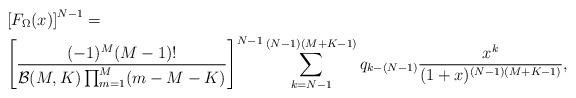
LaTeX: \begin{align*}&\left[F_{\Omega}(x)\right]^{N-1}=\\&\left[\frac{(-1)^{M}(M-1)!}{\mathcal{B}(M,K)\prod_{m=1}^{M}(m-M-K)}\right]^{N-1}\sum_{k=N-1}^{(N-1)(M+K-1)}q_{k-(N-1)}\frac{x^k}{(1+x)^{(N-1)(M+K-1)}},\end{align*}